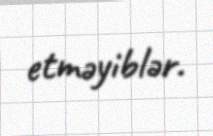
etməyiblər.